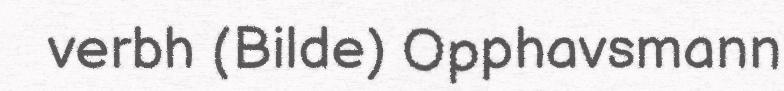
verbh (Bilde) Opphavsmann